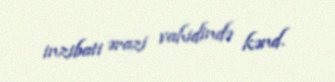
inzibati ərazi vahidində kənd.